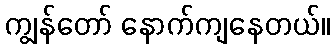
ကျွန်တော် နောက်ကျနေတယ်။